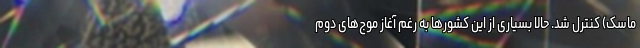
ماسک) کنترل شد. حالا بسیاری از این کشورها به رغم آغاز موج‌های دوم